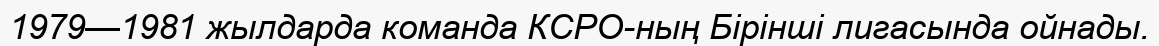
1979—1981 жылдарда команда КСРО-ның Бірінші лигасында ойнады.